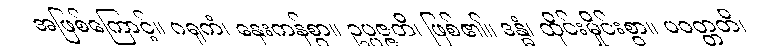
အဖြစ်ကြောင့်။ ဂရုကံ၊ နှေးကန်စွာ။ ဥပ္ပဇ္ဇတိ၊ ဖြစ်၏။ ဒန္ဓံ၊ ထိုင်းမှိုင်းစွာ။ ပဝတ္တတိ၊